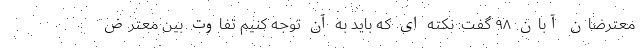
معترضان آبان ۹۸ گفت: نکته ای که باید به آن توجه کنیم تفاوت بین معترض